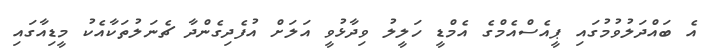
އެ ބައްދަލުވުމުގައި ޕީއެސްއެމްގެ އެމްޑީ ހަލީލު ވިދާޅުވީ އަލަށް އުފެދިގެންދާ ޗެނަލުތަކާއެކު މީޑިއާގައި